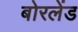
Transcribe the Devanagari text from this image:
बोरलेंड